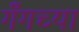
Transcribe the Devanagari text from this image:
गँगच्या